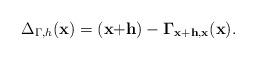
LaTeX: \begin{align*} \Delta_{\Gamma,h}\bf(x) = \bf(x{+}h)-\Gamma_{x+h,x}\bf(x).\end{align*}